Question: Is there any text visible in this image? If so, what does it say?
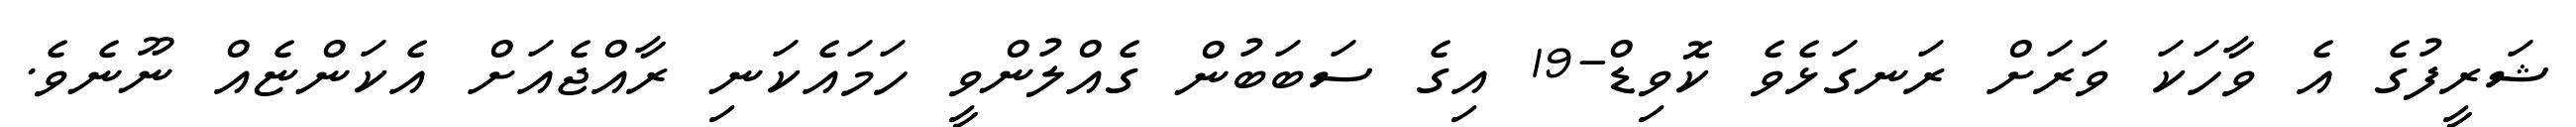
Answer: ޝަރީފުގެ އެ ވާހަކަ ވަރަށް ރަނގަޅެވެ ކޮވިޑް-19 އިގެ ސަބަބުން ގެއްލުންވީ ހަމައެކަނި ރާއްޖެއަށް އެކަންޏެއް ނޫނެވެ.